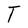
Character: T